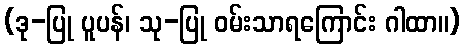
(ဒု-ပြု ပူပန်၊ သု-ပြု ဝမ်းသာရကြောင်း ဂါထာ။)